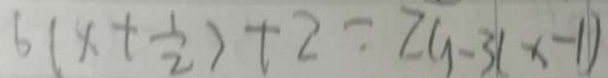
6 ( x + \frac { 1 } { 2 } ) + 2 = 2 ( 1 - 3 1 x - 1 )